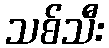
သစ်သီး